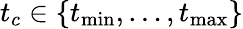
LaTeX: t_{c}\in\{ t_{\operatorname*{min}},\dots,t_{\operatorname*{max}}\}